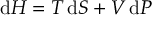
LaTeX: \mathrm { d } H = T \, \mathrm { d } S + V \, \mathrm { d } P